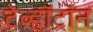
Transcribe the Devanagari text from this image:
टेव्हॉट्रॉन